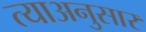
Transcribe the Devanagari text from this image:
त्याअनुसार